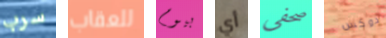
سرب للعقاب بيوم أي صحفى دوكس